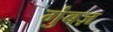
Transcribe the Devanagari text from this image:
गुंबज़